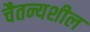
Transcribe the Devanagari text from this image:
चैतन्यशील